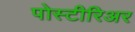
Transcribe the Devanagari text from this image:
पोस्टीरिअर